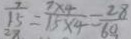
\frac { 7 } { 1 5 } = \frac { 7 \times 4 } { 1 5 \times 4 } = \frac { 2 8 } { 6 0 }